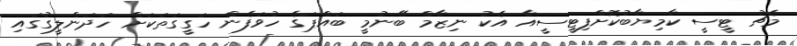
މެޗު ޓީސީ ކާމިޔާބުކޮށްފިޓީސީއާ އެކު ނިޒާމް ބޭނުމީ ބައްޕަގެ ހުވަފެން ހަގީގަތަކަށް ހަދަންލީގުގައި